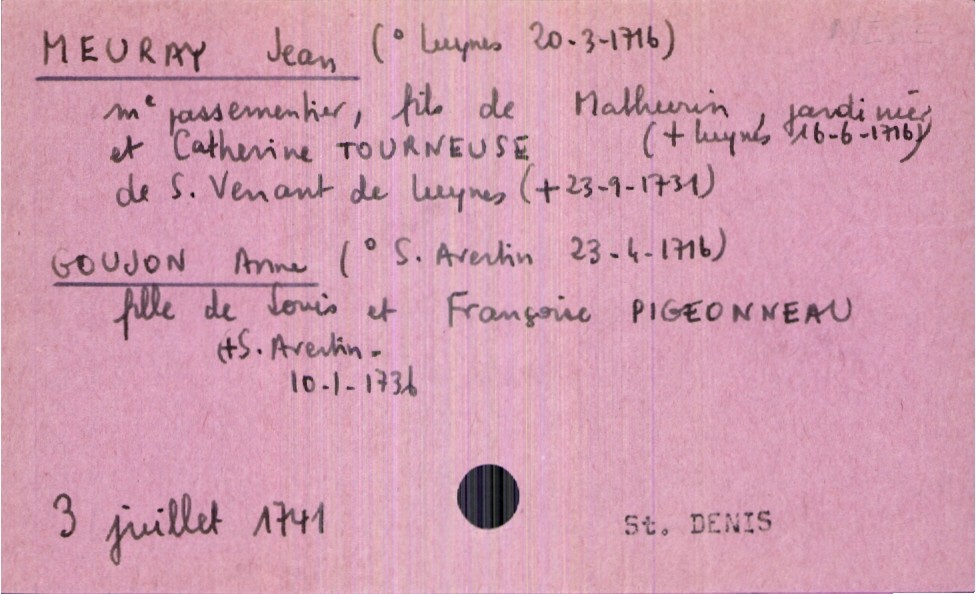
type_acte: Mariage
année: 1741
mois: juillet
jour: 3
paroisse: Saint Denis
marié_nom: Meuray
marié_prénom: Jean
marié_profession: maître passementier
marié_date_de_naissance: 20 mars 1716
marié_lieu_de_naissance: Luynes
père_marié_nom: Meuray
père_marié_prénom: Mathurin
père_marié_profession: jardinier
père_marié_statut: décédé
mère_marié_nom: Tourneuse
mère_marié_prénom: Catherine
mère_marié_statut: décédée
mariée_nom: Goujon
mariée_prénom: Anne
mariée_date_de_naissance: 23 avril 1716
mariée_lieu_de_naissance: Saint Avertin
père_mariée_nom: Goujon
père_mariée_prénom: Louis
mère_mariée_nom: Pigeonneau
mère_mariée_prénom: Françoise
mère_mariée_statut: décédée